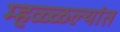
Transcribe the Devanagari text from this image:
म्हळ्ळल्यांत